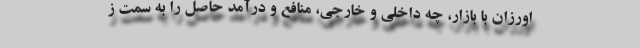
اورزان با بازار، چه داخلی و خارجی، منافع و درآمد حاصل را به سمت ز